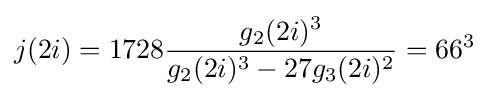
j(2i)=1728{\frac {g_{2}(2i)^{3}}{g_{2}(2i)^{3}-27g_{3}(2i)^{2}}}=66^{3}